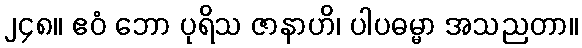
၂၄၈။ ဧဝံ ဘော ပုရိသ ဇာနာဟိ၊ ပါပဓမ္မာ အသညတာ။